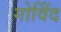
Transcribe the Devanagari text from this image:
गोविेंद